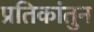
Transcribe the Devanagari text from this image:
प्रतिकांतुन